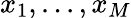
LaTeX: x_{1},...,x_{M}